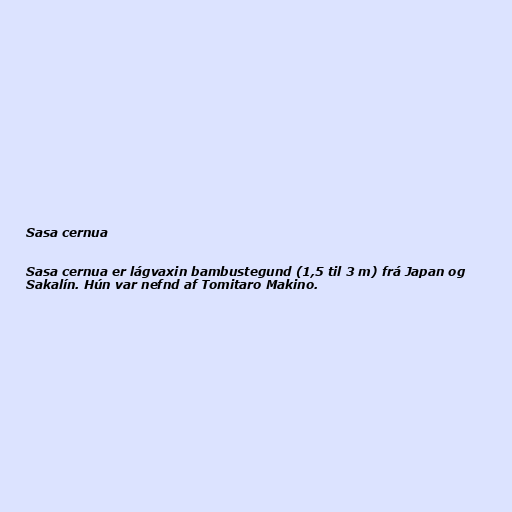
Sasa cernua

Sasa cernua er lágvaxin bambustegund (1,5 til 3 m) frá Japan og
Sakalín. Hún var nefnd af Tomitaro Makino.